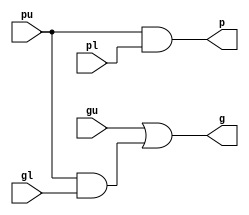
`timescale 1ns / 1ps
//////////////////////////////////////////////////////////////////////////////////
// Company: 
// Engineer: 
// 
// Design Name: 
// Module Name: gp_gen
// Project Name: 
// Target Devices: 
// Tool Versions: 
// Description: 
// 
// Dependencies: 
// 
// Revision:
// Revision 0.01 - File Created
// Additional Comments:
// 
//////////////////////////////////////////////////////////////////////////////////


module gp_gen(gu,gl,pu,pl,g,p);

input gu,gl,pu,pl;
output g,p;

assign g = gu | (pu & gl);
assign p = pu & pl;

endmodule